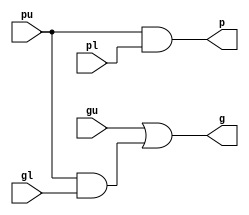
`timescale 1ns / 1ps
//////////////////////////////////////////////////////////////////////////////////
// Company: 
// Engineer: 
// 
// Design Name: 
// Module Name: gp_gen
// Project Name: 
// Target Devices: 
// Tool Versions: 
// Description: 
// 
// Dependencies: 
// 
// Revision:
// Revision 0.01 - File Created
// Additional Comments:
// 
//////////////////////////////////////////////////////////////////////////////////


module gp_gen(gu,gl,pu,pl,g,p);

input gu,gl,pu,pl;
output g,p;

assign g = gu | (pu & gl);
assign p = pu & pl;

endmodule